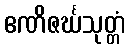
ဧဏိဇင်္ဃသုတ္တံ